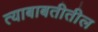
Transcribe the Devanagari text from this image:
त्याबाबतीतील